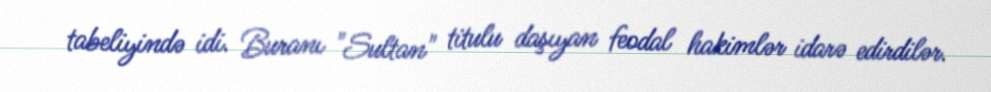
tabeliyində idi. Buranı "Sultan" titulu daşıyan feodal hakimlər idarə edirdilər.